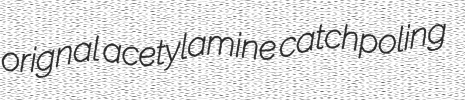
orignal acetylamine catchpoling